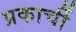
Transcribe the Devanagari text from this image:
प्रकार्ची